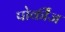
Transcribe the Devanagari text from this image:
पोर्कीज